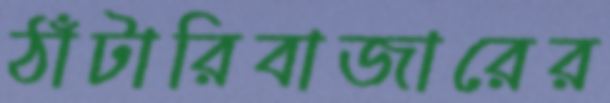
ঠাঁটারিবাজারের